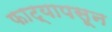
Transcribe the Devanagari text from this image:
फाट्यापसून